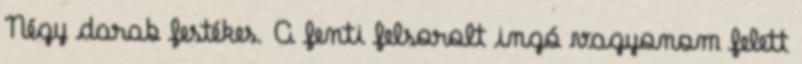
Négy darab festékes. A fenti felsorolt ingó vagyonom felett